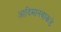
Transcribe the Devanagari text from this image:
आदिमानवाकडे